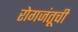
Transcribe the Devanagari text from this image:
रोगजंतूची